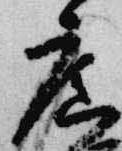
広